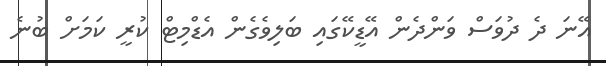
އޭނަ ދެ ދުވަސް ވަންދެން އޭޑީކޭގައި ބަލިވެގެން އެޑްމިޓް ކުރީ ކަމަށް ބުނެ